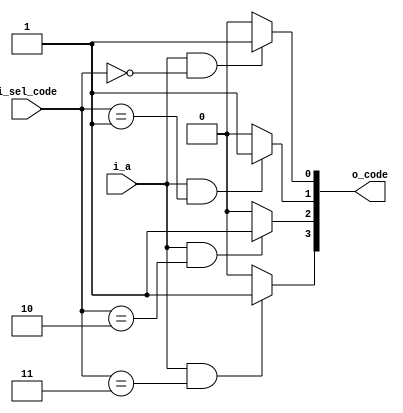
// -- python C:\Users\Brandon\Documents\Personal_Projects\my_utils\modelsim_utils\auto_run.py -d run_cmd__deMUX_1_4_v.do


// behavior model
module deMUX_1_4_v
  (
  input  i_a,
  input  [1:0] i_sel_code, 
  output [3:0] o_code);
  
  assign o_code[0] = (i_a & i_sel_code == 2'b00) ? 1 : 0;
  assign o_code[1] = (i_a & i_sel_code == 2'b01) ? 1 : 0;
  assign o_code[2] = (i_a & i_sel_code == 2'b10) ? 1 : 0;
  assign o_code[3] = (i_a & i_sel_code == 2'b11) ? 1 : 0;
  
endmodule